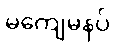
မကျေမနပ်